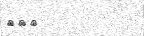
١٢٨